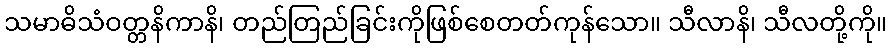
သမာဓိသံဝတ္တနိကာနိ၊ တည်တြည်ခြင်းကိုဖြစ်စေတတ်ကုန်သော။ သီလာနိ၊ သီလတို့ကို။